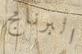
البرنامج